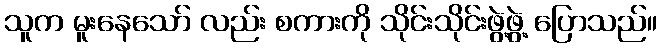
သူက မူးနေသော် လည်း စကားကို သိုင်းသိုင်းဖွဲ့ဖွဲ့ ပြောသည်။